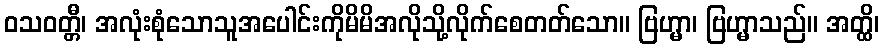
ဝသဝတ္တီ၊ အလုံးစုံသောသူအပေါင်းကိုမိမိအလိုသို့လိုက်စေတတ်သော။ ဗြဟ္မာ၊ ဗြဟ္မာသည်။ အတ္ထိ၊